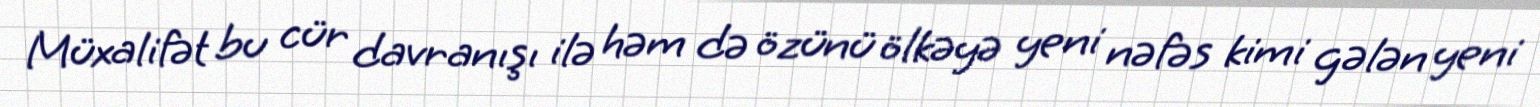
Müxalifət bu cür davranışı ilə həm də özünü ölkəyə yeni nəfəs kimi gələn yeni